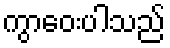
ကွာဝေးပါသည်